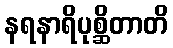
နရနာရိပုစ္ဆိတာတိ